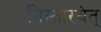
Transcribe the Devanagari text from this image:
निस्तारयेत्